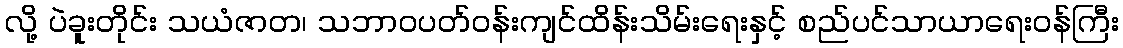
လို့ ပဲခူးတိုင်း သယံဇာတ၊ သဘာဝပတ်ဝန်းကျင်ထိန်းသိမ်းရေးနှင့် စည်ပင်သာယာရေးဝန်ကြီး